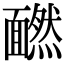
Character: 𩉄